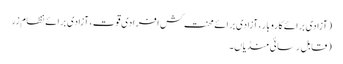
(آزادی برائے کاروبار، آزادی برائے محنت کش افرادی قوت، آزادی برائے نظام زر
(قابل رسائی منڈیاں۔